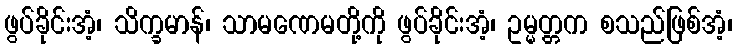
ဖွပ်ခိုင်းအံ့၊ သိက္ခမာန်၊ သာမဏေမတို့ကို ဖွပ်ခိုင်းအံ့၊ ဥမ္မတ္တက စသည်ဖြစ်အံ့၊